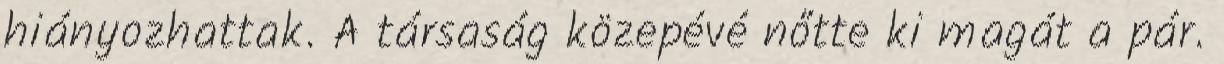
hiányozhattak. A társaság közepévé nőtte ki magát a pár.